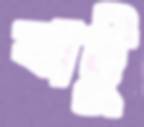
বাট্টু